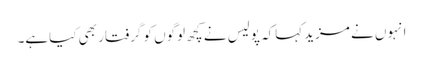
انہوں نے مزیدکہاکہ پولیس نے کچھ لوگوں کو گرفتار بھی کیاہے۔